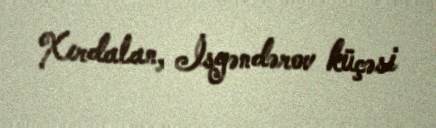
Xırdalan, İsgəndərov küçəsi